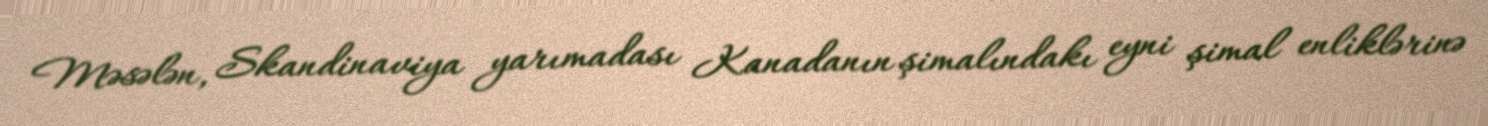
Məsələn, Skandinaviya yarımadası Kanadanın şimalındakı eyni şimal enliklərinə